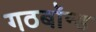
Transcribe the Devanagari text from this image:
गठबॉन्ड